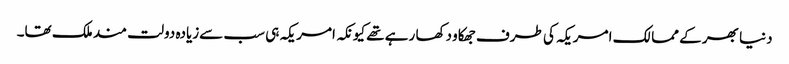
دنیا بھر کے ممالک امریکہ کی طرف جھکاو دکھا رہے تھے کیونکہ امریکہ ہی سب سےزیادہ دولت مند ملک تھا۔